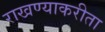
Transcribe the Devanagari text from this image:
राखण्याकरीता